Scientific memoirs by medical officers of the Army of India - Part IV,
Year: 1889
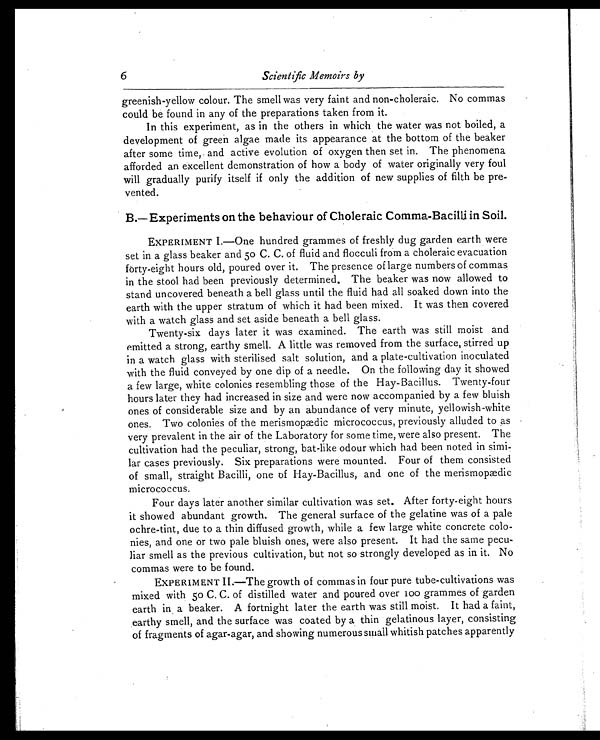
6
Scientific Memoirs by
greenish-yellow colour. The smell was very faint and non-choleraic. No commas
could be found in any of the preparations taken from it.
In this experiment, as in the others in which the water was not boiled, a
development of green algae made its appearance at the bottom of the beaker
after some time, and active evolution of oxygen then set in. The phenomena
afforded an excellent demonstration of how a body of water originally very foul
will gradually purify itself if only the addition of new supplies of filth be pre
-vented.
B.— Experiments on the behaviour of Choleraic Comma-Bacilli in Soil.
EXPERIMENT I.—One hundred grammes of freshly dug garden earth were
set in a glass beaker and 50 C. C. of fluid and flocculi from a choleraic evacuation
forty-eight hours old, poured over it. The presence of large numbers of commas
in the stool had been previously determined. The beaker was now allowed to
stand uncovered beneath a bell glass until the fluid had all soaked down into the
earth with the upper stratum of which it had been mixed. It was then covered
with a watch glass and set aside beneath a bell glass.
Twenty-six days later it was examined. The earth was still moist and
emitted a strong, earthy smell. A little was removed from the surface, stirred up
in a watch glass with sterilised salt solution, and a plate-cultivation inoculated
with the fluid conveyed by one dip of a needle. On the following day it showed
a few large, white colonies resembling those of the Hay-Bacillus. Twenty-four
hours later they had increased in size and were now accompanied by a few bluish
ones of considerable size and by an abundance of very minute, yellowish-white
ones. Two colonies of the merismopædic micrococcus, previously alluded to as
very prevalent in the air of the Laboratory for some time, were also present. The
cultivation had the peculiar, strong, bat-like odour which had been noted in simi
-lar cases previously. Six preparations were mounted. Four of them consisted
of small, straight Bacilli, one of Hay-Bacillus, and one of the merismopædic
micrococcus.
Four days later another similar cultivation was set. After forty-eight hours
it showed abundant growth. The general surface of the gelatine was of a pale
ochre-tint, due to a thin diffused growth, while a few large white concrete colo
-nies, and one or two pale bluish ones, were also present. It had the same pecu
-liar smell as the previous cultivation, but not so strongly developed as in it. No
commas were to be found.
EXPERIMENT II.—The growth of commas in four pure tube-cultivations was
mixed with 50 C. C. of distilled water and poured over l00 grammes of garden
earth in a beaker. A fortnight later the earth was still moist. It had a faint,
earthy smell, and the surface was coated by a thin gelatinous layer, consisting
of fragments of agar-agar, and showing numerous small whitish patches apparently